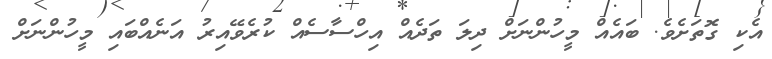
އެކި ގޮތަށެވެ. ބައެއް މީހުންނަށް ދިލަ ތަދެއް އިހްސާސެއް ކުރެވޭއިރު އަނެއްބައި މީހުންނަށް